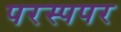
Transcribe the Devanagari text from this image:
परस्पपर